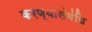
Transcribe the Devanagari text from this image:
करण्यासंबंधि